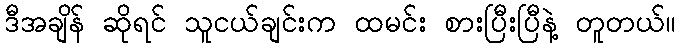
ဒီအချိန် ဆိုရင် သူငယ်ချင်းက ထမင်း စားပြီးပြီနဲ့ တူတယ်။